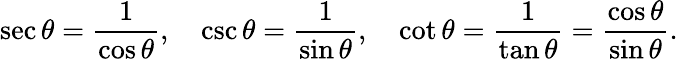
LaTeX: \sec\theta={\frac{1}{\cos\theta}},\quad\csc\theta={\frac{1}{\sin\theta}},\quad\cot\theta={\frac{1}{\tan\theta}}={\frac{\cos\theta}{\sin\theta}}.